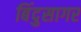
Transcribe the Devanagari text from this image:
बिंदुसागर